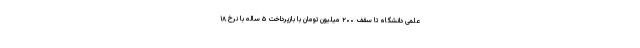
علمی دانشگاه تا سقف ۲۰۰ میلیون تومان با بازپرداخت ۵ ساله با نرخ ۱۸